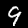
Digit: 9